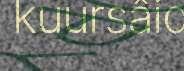
kuursâid